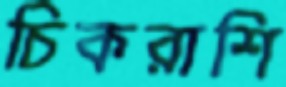
চিকরাশি